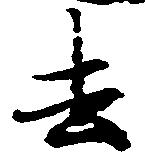
去